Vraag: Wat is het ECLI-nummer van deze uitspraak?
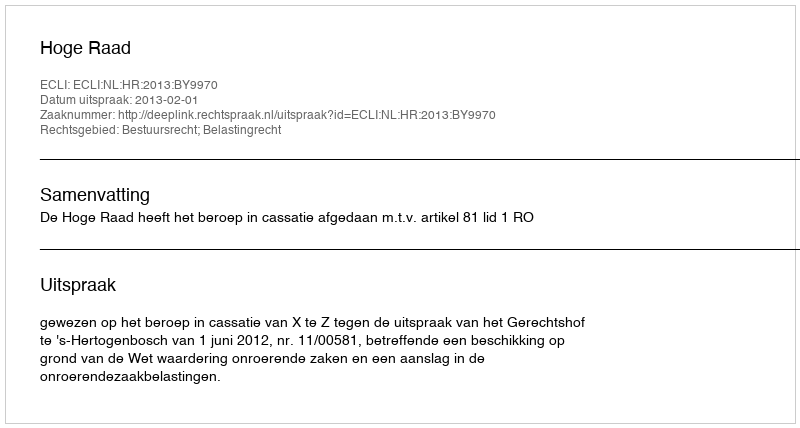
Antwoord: ECLI:NL:HR:2013:BY9970